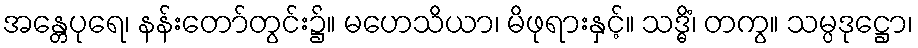
အန္တေပုရေ၊ နန်းတော်တွင်း၌။ မဟေသိယာ၊ မိဖုရားနှင့်။ သဒ္ဓိံ၊ တကွ။ သမ္ပဒုဋ္ဌော၊